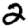
Digit: 2